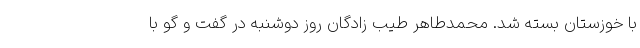
با خوزستان بسته شد. محمدطاهر طیب زادگان روز دوشنبه در گفت و گو با